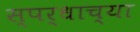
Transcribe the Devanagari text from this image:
स्पर्धाच्या